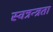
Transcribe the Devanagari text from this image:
स्वत्रन्त्रता